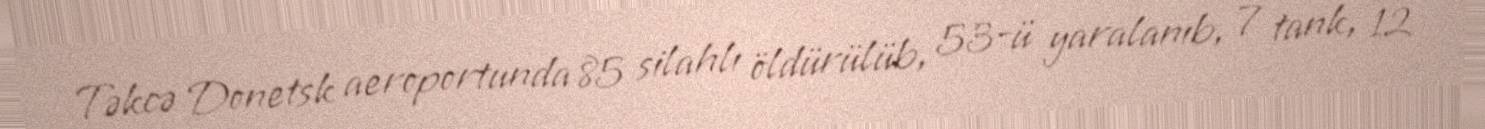
Təkcə Donetsk aeroportunda 85 silahlı öldürülüb, 53-ü yaralanıb, 7 tank, 12